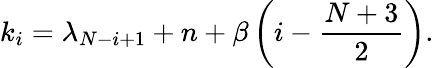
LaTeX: k_{i}=\lambda_{N-i+1}+n+\beta\left(i-\frac{N+3}{2}\right).